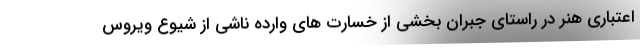
اعتباری هنر در راستای جبران بخشی از خسارت های وارده ناشی از شیوع ویروس